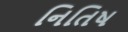
નિતિષ